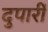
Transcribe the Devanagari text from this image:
दुपारीं